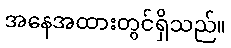
အနေအထားတွင်ရှိသည်။